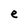
Character: e